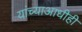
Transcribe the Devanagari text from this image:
यांच्याआधीही